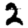
Digit: 2